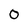
Character: 0